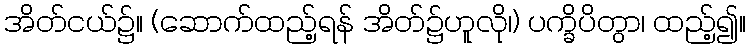
အိတ်ငယ်၌။ (ဆောက်ထည့်ရန် အိတ်၌ဟူလို၊) ပက္ခိပိတွာ၊ ထည့်၍။